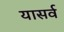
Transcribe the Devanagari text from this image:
यासर्व